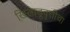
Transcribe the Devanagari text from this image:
खिलाडूवृत्तीचा